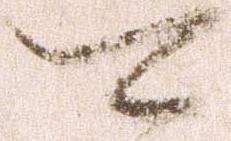
可